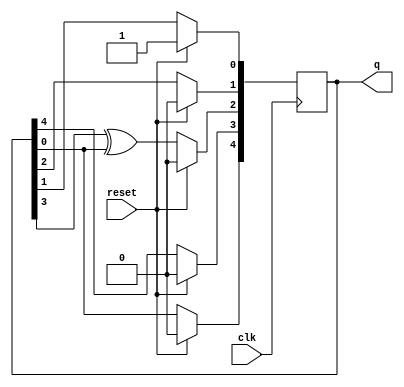
module top_module(
    input clk,
    input reset,    // Active-high synchronous reset to 5'h1
    output [4:0] q
); 
    //sequential logic
    always @(posedge clk) begin
        if (reset) begin
            q <= 5'b1;
        end
        else begin
            q[4] <= q[0] ^ 1'b0;
            q[3] <= q[4];
            q[2] <= q[3] ^ q[0];
            q[1] <= q[2];
            q[0] <= q[1];
        end
    end
endmodule